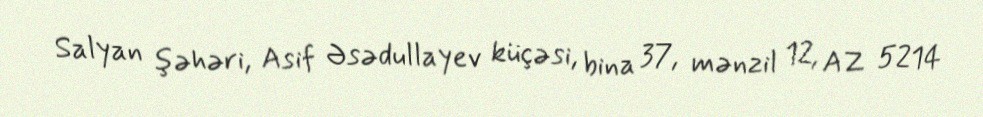
Salyan şəhəri, Asif Əsədullayev küçəsi, bina 37, mənzil 12, AZ 5214